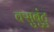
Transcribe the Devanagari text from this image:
क्सुबुंटु